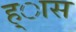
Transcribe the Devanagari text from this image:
ह्ास